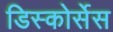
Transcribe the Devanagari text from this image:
डिस्कोर्सेस